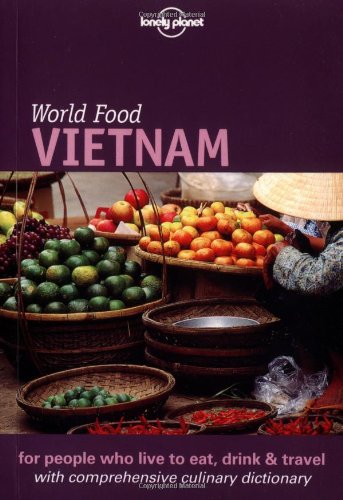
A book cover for Lonely Planet World Food Vietnam; Richard Sterling; Cookbooks, Food & Wine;